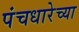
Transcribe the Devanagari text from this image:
पंचधारेच्या